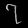
Digit: ၇